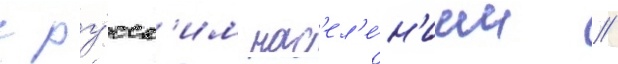
с ру́сск'им нас'ел'е́н'ием //